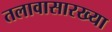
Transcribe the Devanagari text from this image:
तलावासारख्या